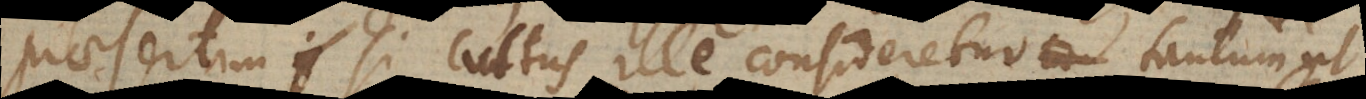
aesertim si cultus ille consideretur tantum ut